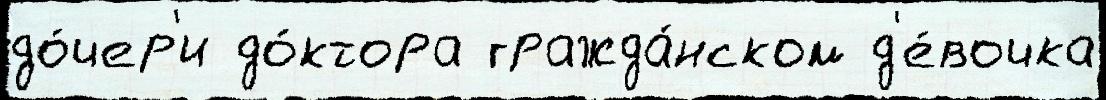
до́чер'и до́ктора гражда́нском д'е́вочка